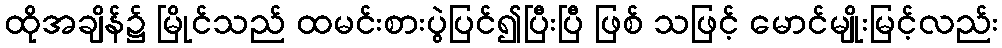
ထိုအချိန်၌ မြိုင်သည် ထမင်းစားပွဲပြင်၍ပြီးပြီ ဖြစ် သဖြင့် မောင်မျိုးမြင့်လည်း